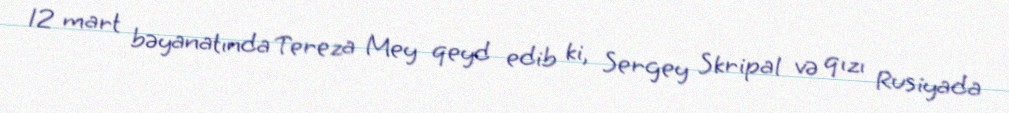
12 mart bəyanatında Tereza Mey qeyd edib ki, Sergey Skripal və qızı Rusiyada